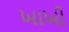
ખાખી